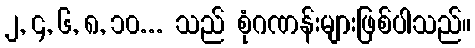
၂, ၄, ၆, ၈, ၁၀... သည် စုံဂဏန်းများဖြစ်ပါသည်။